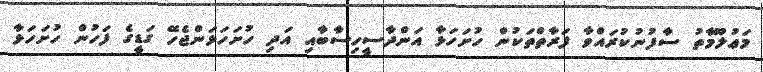
މަޢުލޫމާތު ސާފުނުކުރައްވާ ފަރާތްތަކުން ހުށަހަޅާ އަންދާސީހިސާބާއި އަދި ހުށަހަޅަންޖެހޭ ގަޑީގެ ފަހުން ހުށަހަޅާ